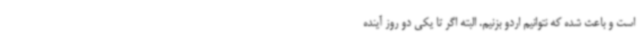
است و باعث شده که نتوانیم اردو بزنیم. البته اگر تا یکی دو روز آینده